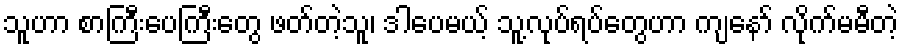
သူဟာ စာကြီးပေကြီးတွေ ဖတ်တဲ့သူ၊ ဒါပေမယ့် သူ့လုပ်ရပ်တွေဟာ ကျနော် လိုက်မမီတဲ့